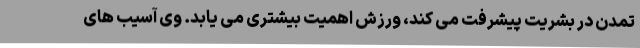
تمدن در بشریت پیشرفت می کند، ورزش اهمیت بیشتری می یابد. وی آسیب های